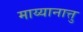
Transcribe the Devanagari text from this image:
माय्यानात्तु